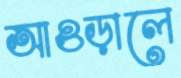
আওড়ালে